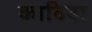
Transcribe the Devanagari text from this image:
काठिया